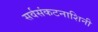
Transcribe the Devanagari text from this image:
सर्वसंकटनाशिनी